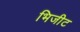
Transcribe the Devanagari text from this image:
भिजीट